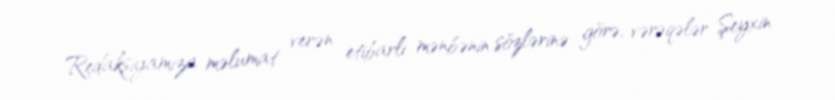
Redaksiyamıza məlumat verən etibarlı mənbənin sözlərinə görə, vərəqələr Şeyxin